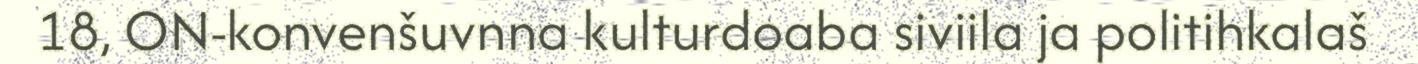
18, ON-konvenšuvnna kulturdoaba siviila ja politihkalaš